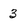
Character: 3